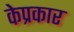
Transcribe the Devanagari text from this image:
केप्रकार